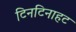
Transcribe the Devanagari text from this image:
टिनटिनाहट